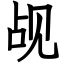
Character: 觇